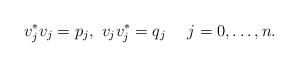
\begin{align*}v_j^*v_j = p_j,~ v_jv_j^*=q_j\quad~j=0,\dots,n.\end{align*}